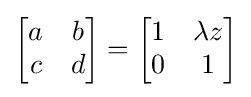
{\begin{bmatrix}a&b\\c&d\end{bmatrix}}={\begin{bmatrix}1&\lambda z\\0&1\end{bmatrix}}